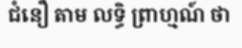
ជំនឿ តាម លទ្ធិ ព្រាហ្មណ៍ ថា